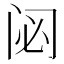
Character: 𮤲